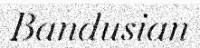
Bandusian